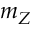
m _ { Z }